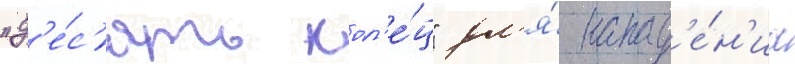
"д'е́с'ять кол'е́ц" дл'я́ напад'е́н'иа